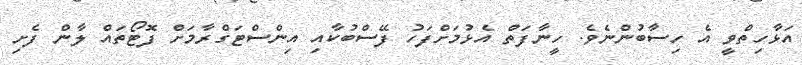
އަޅާހިތްވީ އެ ހިސާބުންނެވެ. ހީނާފަތް އެޅުމަށްފަހު ފޭސްބުކާއި އިންސްޓަގްރާމަށް ފޮޓޯތައް ލާން ފެށި